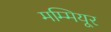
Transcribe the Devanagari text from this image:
मम्मियूर